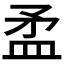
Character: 𥁛